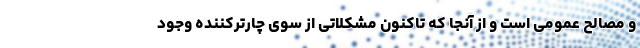
و مصالح عمومی است و از آنجا که تاکنون مشکلاتی از سوی چارترکننده وجود